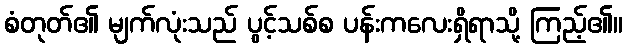
စံတုတ်၏ မျက်လုံးသည် ပွင့်သစ်စ ပန်းကလေးရှိရာသို့ ကြည့်၏။